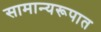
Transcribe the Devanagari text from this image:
सामान्यरूपात